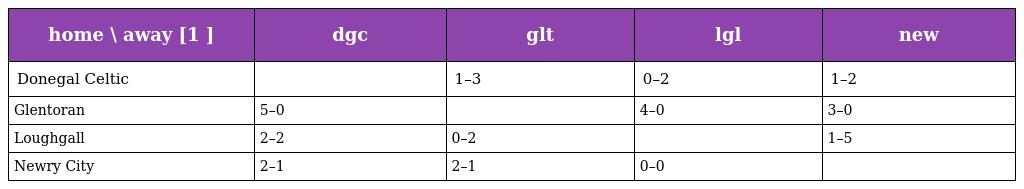
| home \ away [1 ] | dgc | glt | lgl | new |
 | --- | --- | --- | --- | --- |
 | Donegal Celtic |  | 1–3 | 0–2 | 1–2 |
 | Glentoran | 5–0 |  | 4–0 | 3–0 |
 | Loughgall | 2–2 | 0–2 |  | 1–5 |
 | Newry City | 2–1 | 2–1 | 0–0 |  |